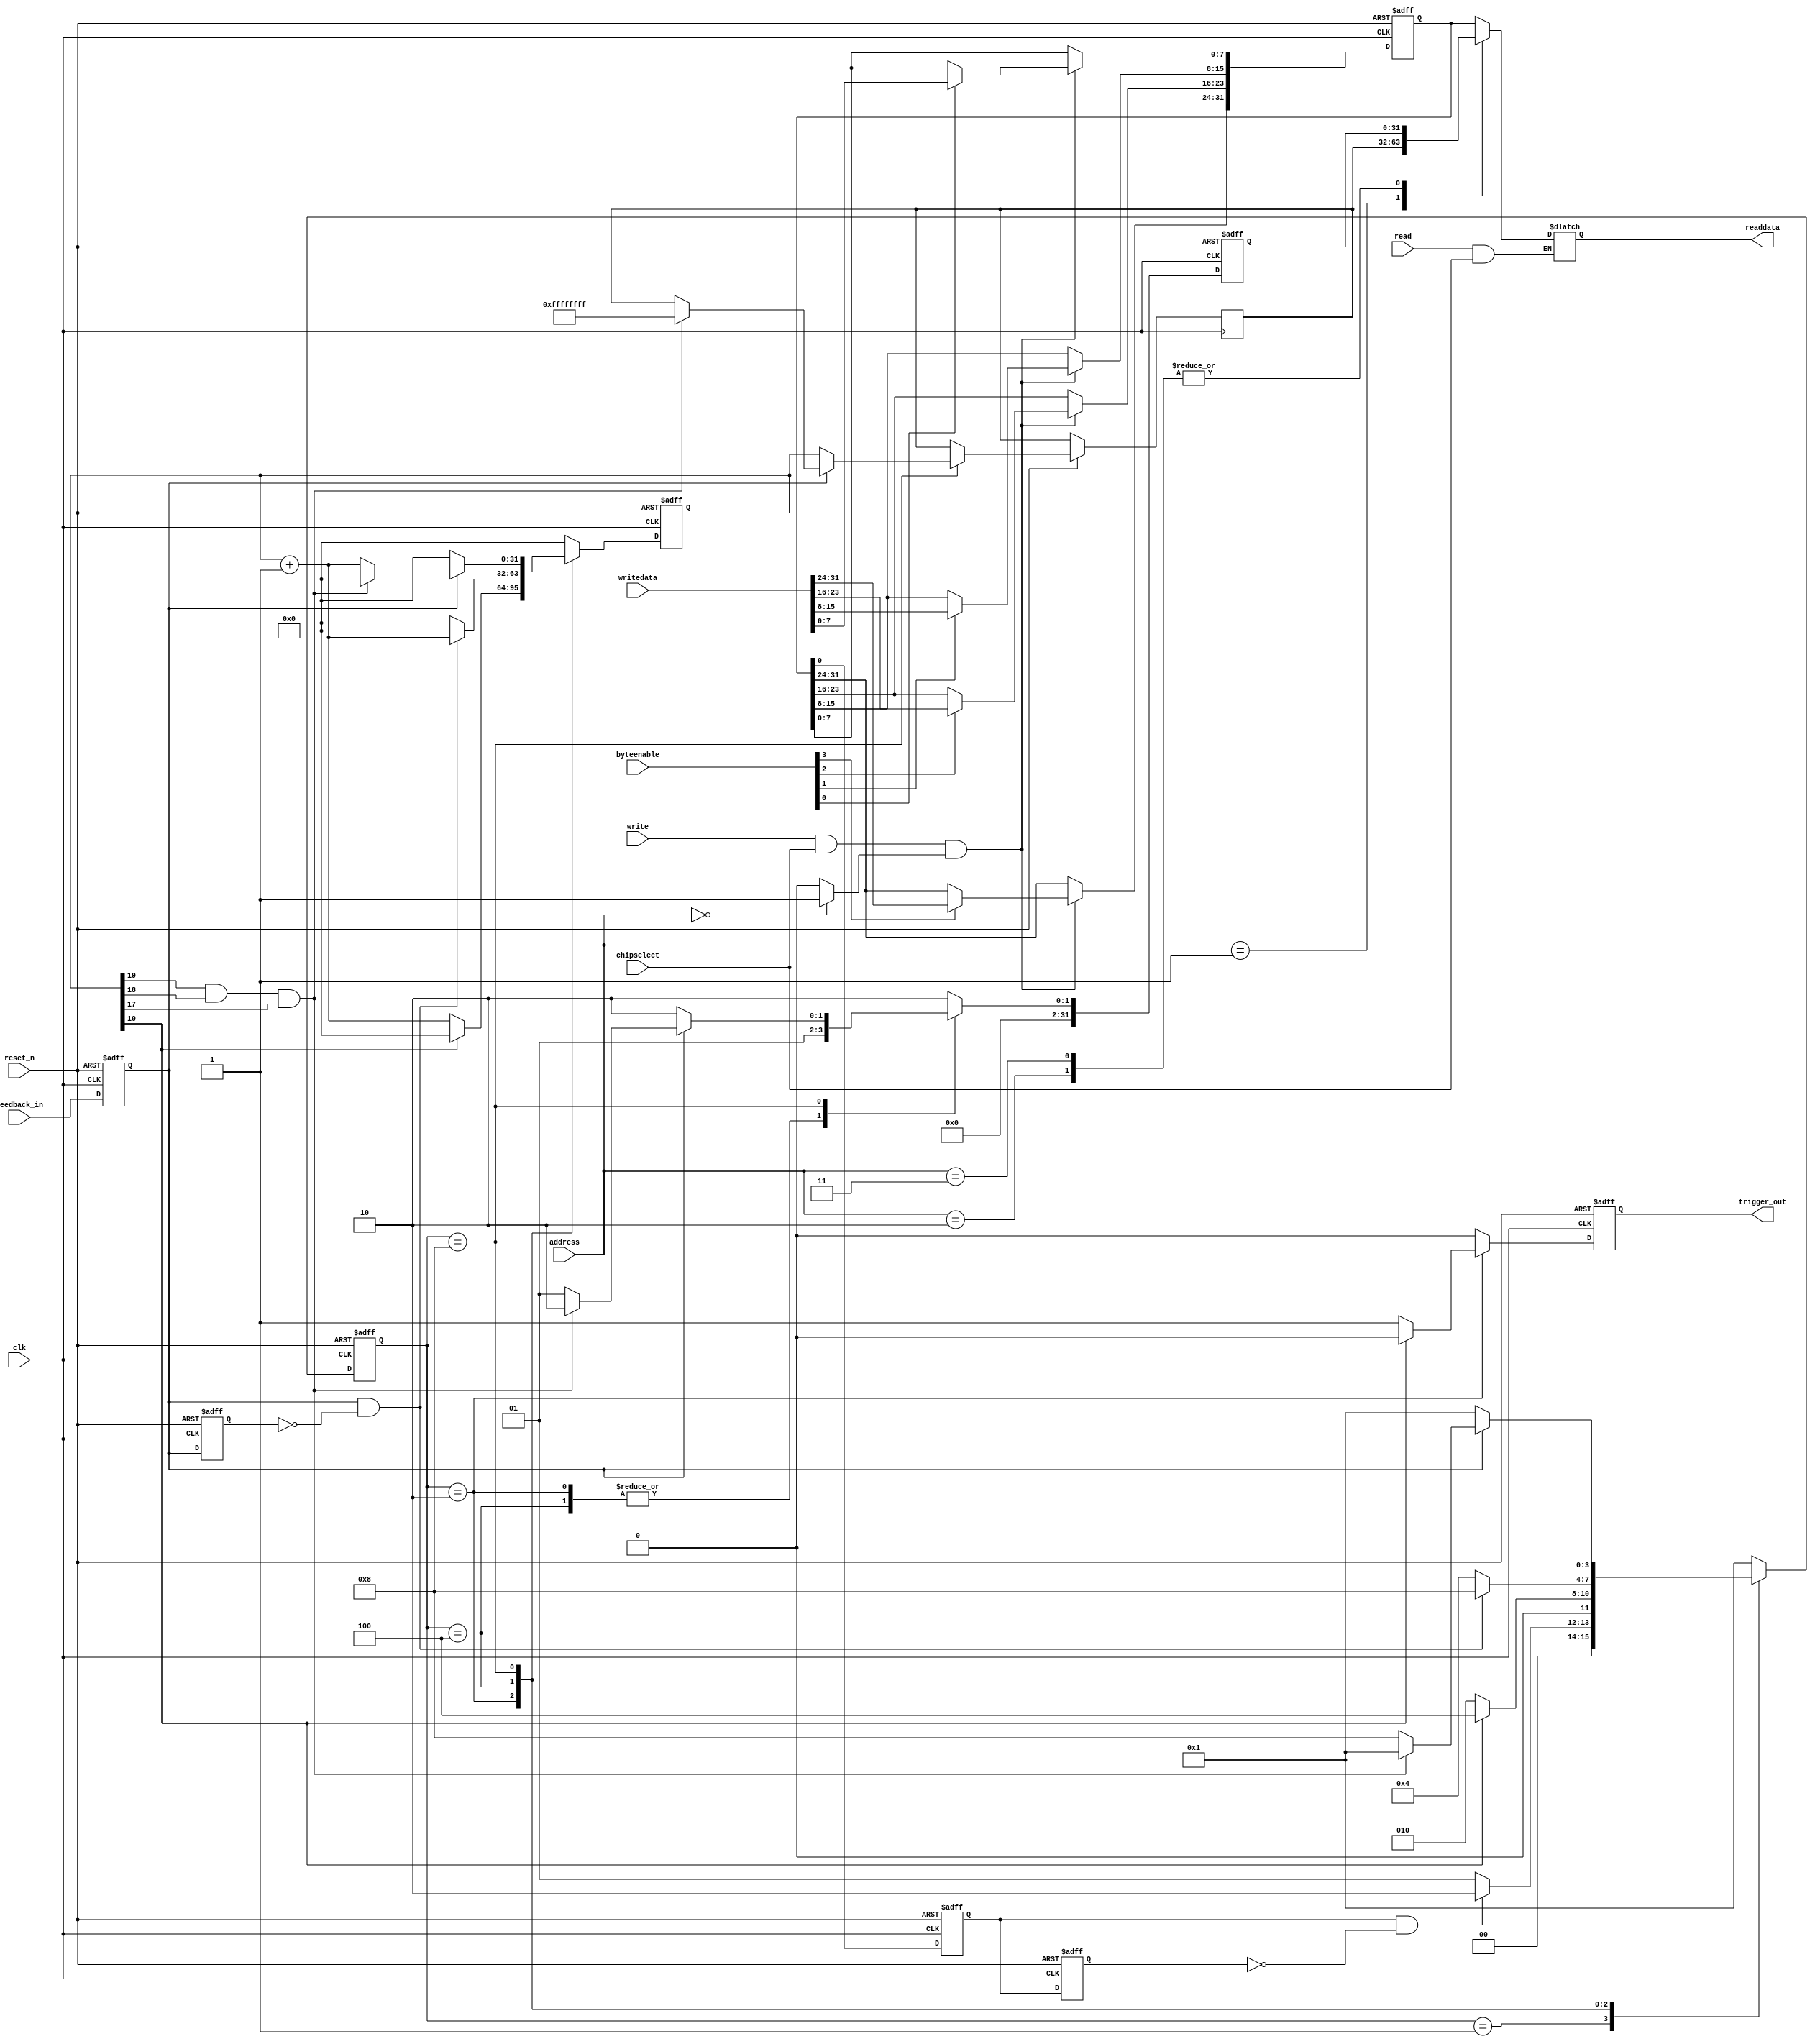
module Ultrasound_interface(clk,reset_n,chipselect,address,write,writedata,read,byteenable,readdata,trigger_out,feedback_in);
parameter idle=4'b0001, trigger=4'b0010, wait_feedback=4'b0100, measure_feedback=4'b1000;
input clk;
input reset_n;
input chipselect;
input [1:0]address; 
input write;  
input [31:0] writedata;  
input read;  
input [3:0] byteenable;  
output reg [31:0] readdata; 
input feedback_in; 
output  reg trigger_out;

reg [31:0] control_reg; 
reg [31:0] distance_count; 
reg [31:0] state_reg; 

reg  control_reg_sel;   
reg  distance_count_sel;   
reg  state_reg_sel; 

reg feedback_in1;
reg feedback_in2;

wire start_bit;
assign start_bit=control_reg[0];

reg trig0, trig1;
reg [31:0] tri_count; //20us   50*20=1000
reg [3:0] state;
//function apart
always@(posedge clk or negedge reset_n)
	begin 
		if(!reset_n)
			begin
				trig0<=0;
				trig1<=0;
			end
		else
			begin
				trig0<=start_bit;
				trig1<=trig0;
			end
	end

always@(posedge clk or negedge reset_n)
	begin 
		if(!reset_n)
			begin
				feedback_in1<=0;
				feedback_in2<=0;
			end
		else
			begin
				feedback_in1<=feedback_in;
				feedback_in2<=feedback_in1;
			end
	end	


always@(posedge clk or negedge reset_n)
	begin 
		if(!reset_n)
			begin
				state<=idle;
				tri_count<=0;
				trigger_out<=0;
				state_reg<=2;
			end
		else
			begin
				case(state)
					idle:
						begin
							tri_count<=0;
							trigger_out<=0;
							state_reg<=2;
							if(trig0==1&&trig1==0)
								begin
									state<=trigger;
								end
							else
								begin
									state<=idle;
								end
						end
					trigger:
						begin
							state_reg<=1; //bit 0: busy state; bit 1: data is ready
							if(tri_count[10])  //1024 count is greater than 10us, 50*20=1000
								begin
									trigger_out<=0;
									tri_count<=0;
									state<=wait_feedback;
								end
							else
								begin
									trigger_out<=1;
									tri_count<=tri_count+1;
									state<=trigger;
								end
						end
					wait_feedback:
						begin
							state_reg<=1; //bit 0: busy state; bit 1: data is ready
							trigger_out<=0;
							if(feedback_in1==1&&feedback_in2==0)
								begin
									tri_count<=tri_count+1;
									state<=measure_feedback;
								end
							else
								begin
									state<=wait_feedback;
									tri_count<=0;
								end
						end
					measure_feedback:
						begin
							trigger_out<=0;
							if(feedback_in1==1)
								begin
									if(tri_count[19]&&tri_count[18]&&tri_count[17])
										begin
											distance_count<=-1;
											tri_count<=0;
											state<=idle;
											state_reg<=2;
										end
									else
										begin
											tri_count<=tri_count+1;
											state<=measure_feedback;
											state_reg<=1;//data is ready
										end
									
								end
							else
								begin
									distance_count<=tri_count;
									tri_count<=0;
									state<=idle;
									state_reg<=2;//bit 0: busy state; bit 1: data is ready
								end
						end
					default:
					   begin
							state<=idle;
							tri_count<=0;
							trigger_out<=0;
							state_reg<=2;
						end
				endcase
			end
	end

//bus interface
always @ (address)  
begin  
	control_reg_sel<=0;   
	distance_count_sel<=0;   
	state_reg_sel<=0; 
    case(address)  
        2'b00:control_reg_sel<=1;  
        2'b01:distance_count_sel<=1;
        2'b10:state_reg_sel<=1;  
		2'b11:state_reg_sel<=1;	//default value
     endcase  
end 

//wirte control register 
always @ (posedge clk or negedge reset_n)  
begin  
	if(!reset_n)   
		control_reg<=0;  
	else 
		begin
			if(write & chipselect & control_reg_sel)  
				begin  
				if(byteenable[0])  control_reg[7:0]<=writedata[7:0]; 
				if(byteenable[1])  control_reg[15:8]<=writedata[15:8];
				if(byteenable[2])  control_reg[23:16]<=writedata[23:16];
				if(byteenable[3])  control_reg[31:24]<=writedata[31:24];
				end  
		end  
end


//read register 
always @ (address or read or control_reg or distance_count or state_reg or chipselect)  
begin  
    if(read & chipselect)  
         case(address)  
             2'b00:
				begin
				readdata<=control_reg;
				end				
            2'b01:
				begin
				readdata<=distance_count;
				end				
             2'b10:
				begin
				readdata<=state_reg;
				end				
            2'b11:
				begin
				readdata<=state_reg; //default value
				end
         endcase   
end
endmodule